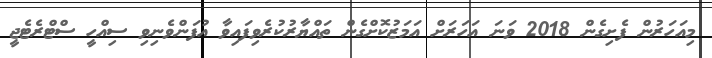
މިއަހަރުން ފެށިގެން 2018 ވަނަ އަހަރަށް އަމަޒުކޮށްގެން ތައްޔާރުކުރެވިފައިވާ އުފަންވެނިވި ސިއްހީ ސްޓްރެޓެޖީ